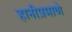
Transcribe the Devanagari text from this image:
हानीप्रमाणे